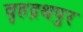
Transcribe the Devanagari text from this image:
वृहद्रथपुर